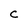
Character: c